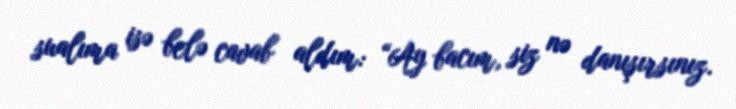
sualıma isə belə cavab aldım: “Ay bacım, siz nə danışırsınız.